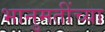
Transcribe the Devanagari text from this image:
भानुमतींच्या